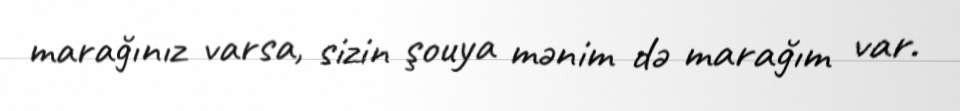
marağınız varsa, sizin şouya mənim də marağım var.